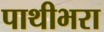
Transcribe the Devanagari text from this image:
पाथीभरा